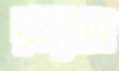
রাঢ়াং